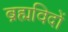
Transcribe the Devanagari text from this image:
ब्रह्मविदों